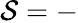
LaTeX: \mathcal{S}=-